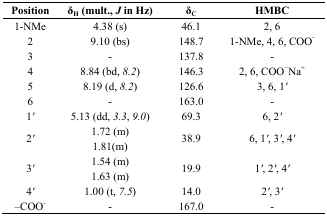
<table><thead><tr><td><b>Position</b></td><td><b>δ<sub>H</sub> (mult., <i>J </i>in Hz)</b></td><td><b>δ<sub>C</sub></b></td><td><b>HMBC</b></td></tr></thead><tbody><tr><td>1-NMe</td><td>4.38 (s)</td><td>46.1</td><td>2, 6</td></tr><tr><td>2</td><td>9.10 (bs)</td><td>148.7</td><td>1-NMe, 4, 6, COO<sup>-</sup></td></tr><tr><td>3</td><td>-</td><td>137.8</td><td>-</td></tr><tr><td>4</td><td>8.84 (bd, <i>8.2</i>)</td><td>146.3</td><td>2, 6, COO<sup>−</sup>Na<sup>+</sup></td></tr><tr><td>5</td><td>8.19 (d, <i>8.2</i>)</td><td>126.6</td><td>3, 6, 1<i>′</i></td></tr><tr><td>6</td><td>-</td><td>163.0</td><td>-</td></tr><tr><td>1<i>′</i></td><td>5.13 (dd, <i>3.3</i>, <i>9.0</i>)</td><td>69.3</td><td>6, 2<i>′</i></td></tr><tr><td rowspan="2">2<i>′</i></td><td>1.72 (m)</td><td rowspan="2">38.9</td><td rowspan="2">6, 1<i>′</i>, 3<i>′</i>, 4<i>′</i></td></tr><tr><td>1.81(m)</td></tr><tr><td rowspan="2">3<i>′</i></td><td>1.54 (m)</td><td rowspan="2">19.9</td><td rowspan="2">1<i>′</i>, 2<i>′</i>, 4<i>′</i></td></tr><tr><td>1.63 (m)</td></tr><tr><td>4<i>′</i></td><td>1.00 (t, <i>7.5</i>)</td><td>14.0</td><td>2<i>′</i>, 3<i>′</i></td></tr><tr><td>–COO<sup>-</sup></td><td>-</td><td>167.0</td><td>-</td></tr></tbody></table>